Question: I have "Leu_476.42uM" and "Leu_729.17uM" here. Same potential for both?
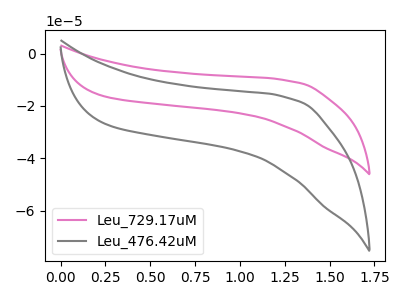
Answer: <think>The pink curve "Leu_729.17uM" has no peaks. The gray curve "Leu_476.42uM" has no peaks.
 Neither "Leu_476.42uM" or "Leu_729.17uM" have any peaks.</think>
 <answer>"Leu_476.42uM" and "Leu_729.17uM" are similar in shape.</answer>
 <eval>same_shape</eval>